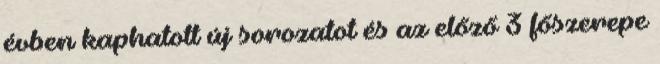
évben kaphatott új sorozatot és az előző 3 főszerepe